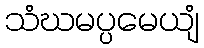
သံဃမပ္ပမေယျံ